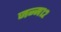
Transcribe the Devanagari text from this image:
जन्म१२